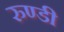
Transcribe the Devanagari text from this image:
रुण्डी